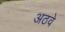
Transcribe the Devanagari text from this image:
अठवे